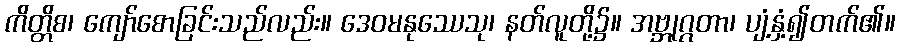
ကိတ္တိစ၊ ကျော်စောခြင်းသည်လည်း။ ဒေဝမနုဿေသု၊ နတ်လူတို့၌။ အဗ္ဘုဂ္ဂတာ၊ ပျံ့နှံ့၍တက်၏။